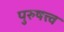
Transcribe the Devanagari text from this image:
पुरुषत्त्व